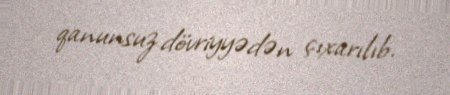
qanunsuz dövriyyədən çıxarılıb.